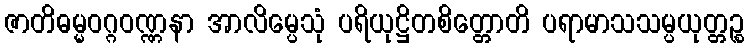
ဇာတိဓမ္မဝဂ္ဂဝဏ္ဏနာ အာလိမ္ပေသုံ ပရိယုဋ္ဌိတစိတ္တောတိ ပရာမာသသမ္ပယုတ္တဉ္စ